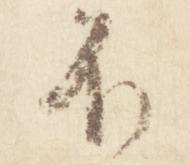
不